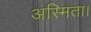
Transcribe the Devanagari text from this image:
अस्मिता।